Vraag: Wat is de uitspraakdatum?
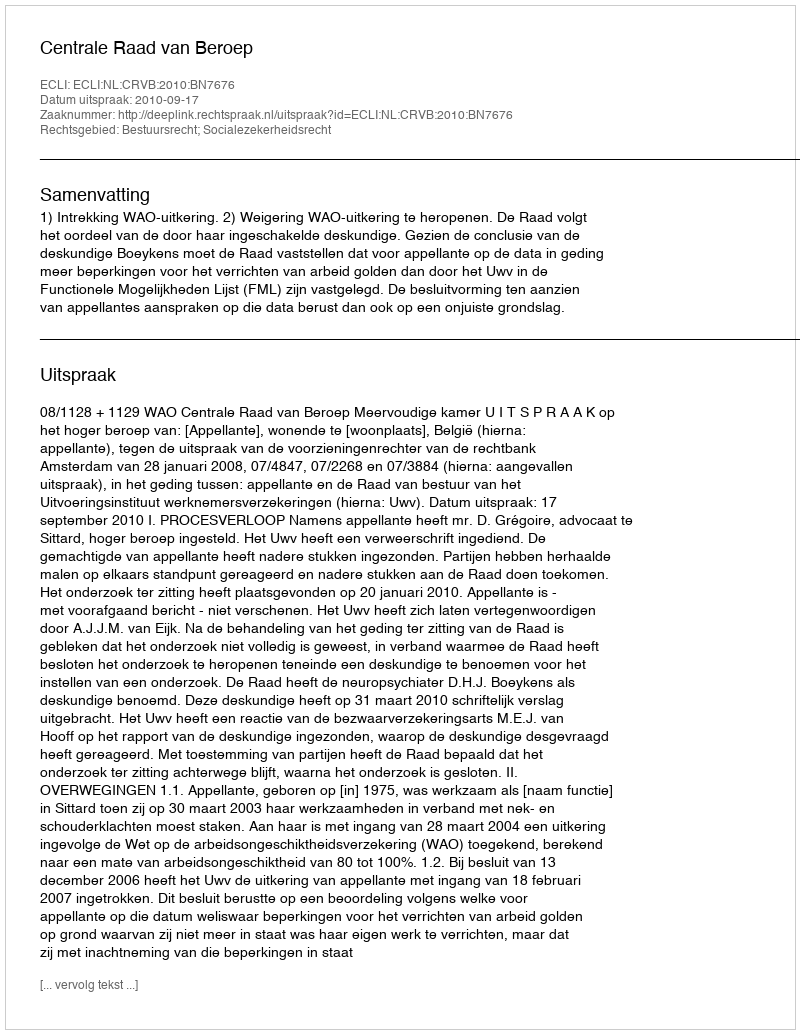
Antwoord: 2010-09-17